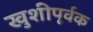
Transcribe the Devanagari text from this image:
खुशीपूर्वक